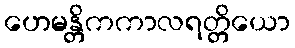
ဟေမန္တိကကာလရတ္တိယော